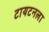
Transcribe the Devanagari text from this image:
टायटनला